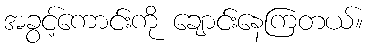
အခွင့်ကောင်းကို ချောင်းနေကြတယ်။